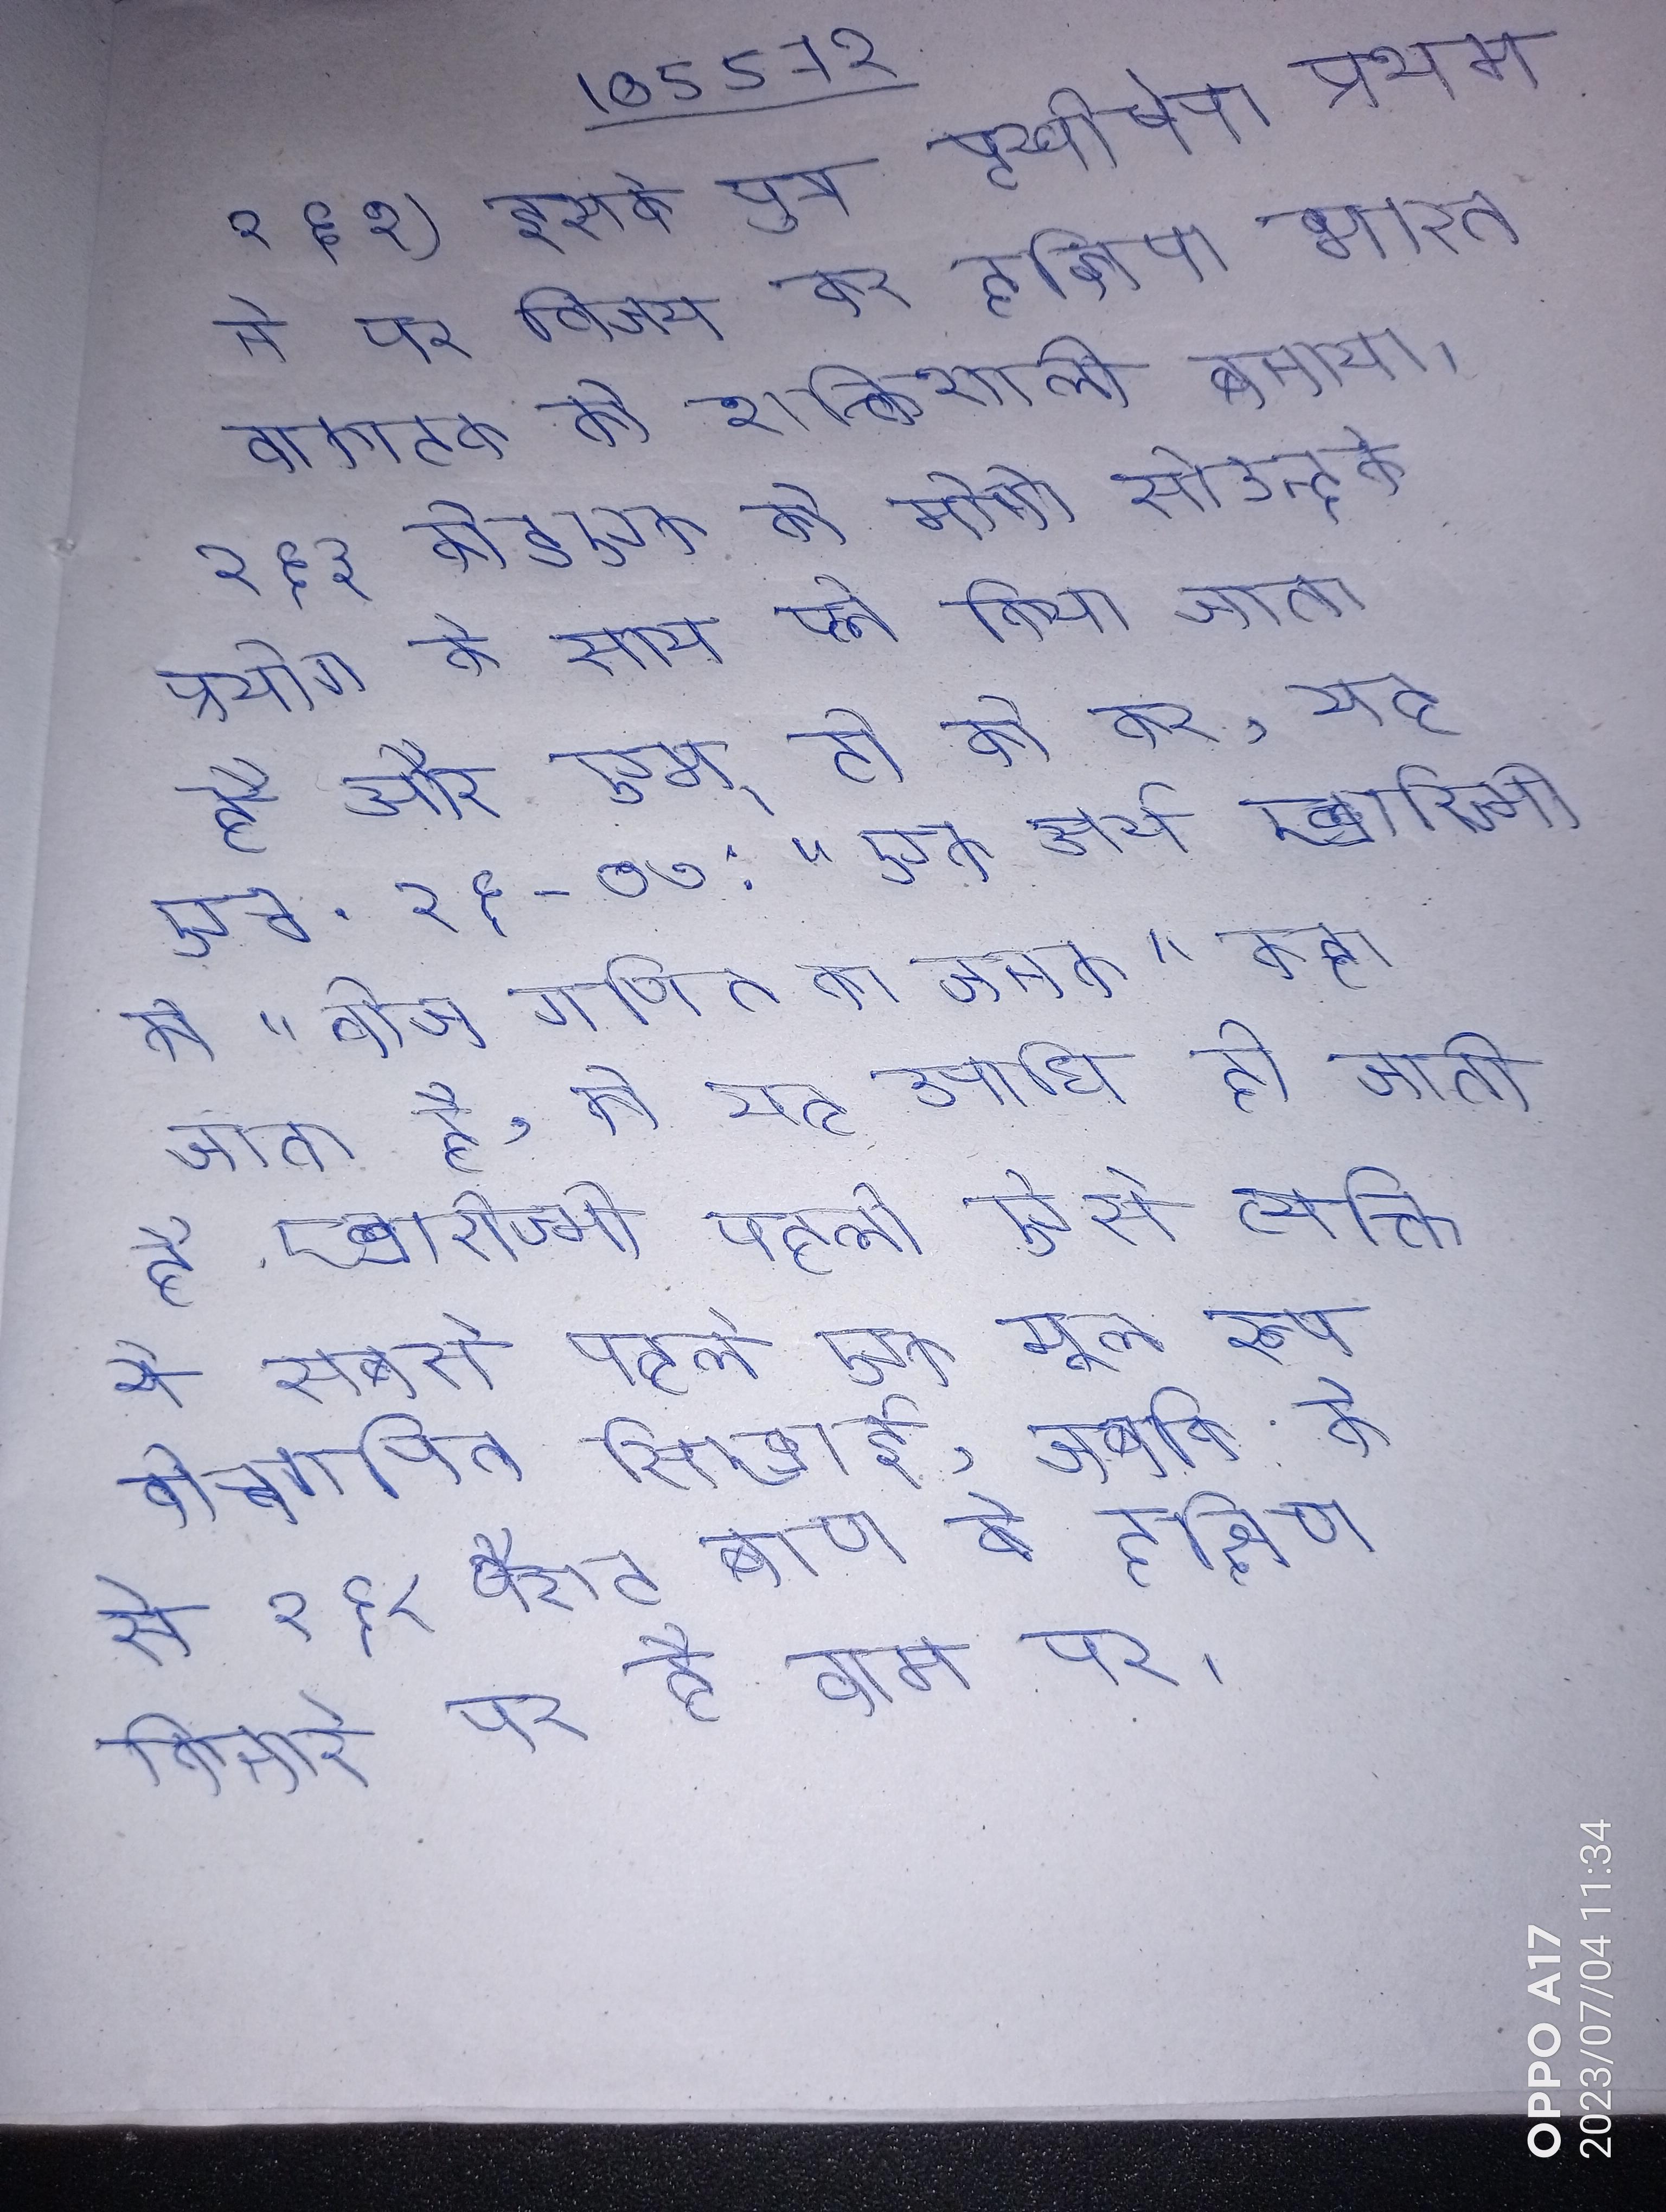
२६१) इसके पुत्र पृथ्वीषेण प्रथम ने पर विजय कर दक्षिण भारत वाकाटक को शक्तिशाली बनाया । २६३ कोडएक को मोनो सोउन्दके प्रयोग के साथ प्ले किया जाता है और एम् टी को कर, यह एच . २६-७७: "एक अर्थ ख्वारिज्मी को "बीज गणित का जनक"कहा जाता है, को यह उपाधि दी जाती है ख्वारिज्मी पहले ऐसे व्यक्ति थे सबसे पहले एक मूल रूप बीजगणित सिखाई, जबकि के से २६८ बैराट बाण के दक्षिण किनारे पर है वाम पर ।